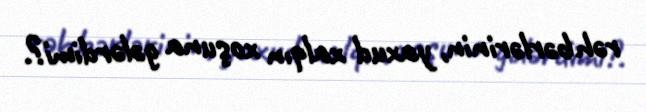
rəhbərlərinin, yaxud xalqın xoşuna gələrdimi?.